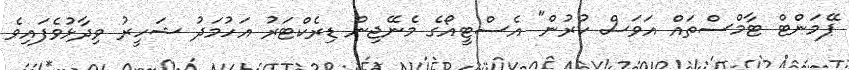
ޕޭމަންޓް ޓާމްސްތައް އަވަސް ކުރުން" އެސްޓީއޯގެ މެނޭޖިން ޑިރެކްޓަރު އަހުމަދު ޝަހީރު ވިދާޅުވެފައިވެ